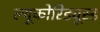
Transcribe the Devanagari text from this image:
ल्यूकोरिड्यूस्ड